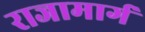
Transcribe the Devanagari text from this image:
राजामार्ग